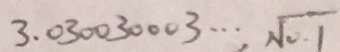
3 . 0 3 0 0 3 0 0 0 3 \cdots , \sqrt { 0 . 1 }